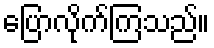
ပြောလိုက်ကြသည်။